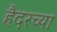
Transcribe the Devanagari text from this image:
हैदरच्या